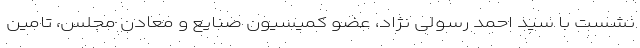
نشست با سید احمد رسولی نژاد، عضو کمیسیون صنایع و معادن مجلس، تامین